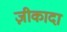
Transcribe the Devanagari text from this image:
ज़ीकादा